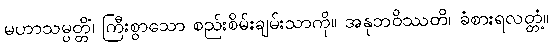
မဟာသမ္ပတ္တိံ၊ ကြီးစွာသော စည်းစိမ်းချမ်းသာကို။ အနုဘဝိဿတိ၊ ခံစားရလတ္တံ့။